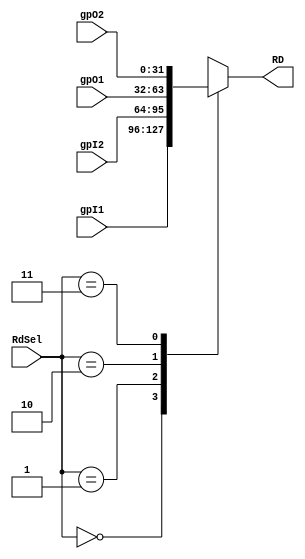
`timescale 1ns / 1ps
//////////////////////////////////////////////////////////////////////////////////
// Company: 
// Engineer: 
// 
// Design Name: 
// Module Name: gpio_mux4
// Project Name: 
// Target Devices: 
// Tool Versions: 
// Description: 
// 
// Dependencies: 
// 
// Revision:
// Revision 0.01 - File Created
// Additional Comments:
// 
//////////////////////////////////////////////////////////////////////////////////


module gpio_mux4(
        input   wire    [31:0]  gpI1,
        input   wire    [31:0]  gpI2,
        input   wire    [31:0]  gpO1,
        input   wire    [31:0]  gpO2,
        input   wire    [1:0]   RdSel,
        output  reg     [31:0]  RD
    );
    
    always @ (*) begin
        case (RdSel)
            2'b00: RD = gpI1;
            2'b01: RD = gpI2;
            2'b10: RD = gpO1;
            2'b11: RD = gpO2;
            default: RD = {31{1'bx}};
        endcase
    end
endmodule